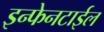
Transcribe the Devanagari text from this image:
इन्फेनटाईल